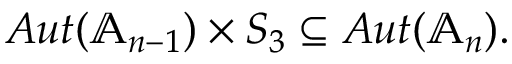
\begin{array} { r } { A u t ( \mathbb { A } _ { n - 1 } ) \times S _ { 3 } \subseteq A u t ( \mathbb { A } _ { n } ) . } \end{array}